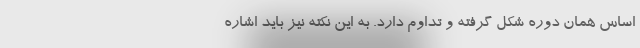
اساس همان دوره شکل گرفته و تداوم دارد. به این نکته نیز باید اشاره